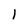
Character: 1